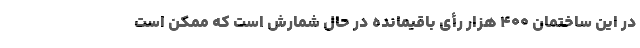
در این ساختمان ۴۰۰ هزار رأی باقیمانده در حال شمارش است که ممکن است